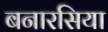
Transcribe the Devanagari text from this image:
बनारसिया